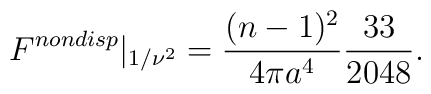
F^{nondisp}|_{1/\nu^2}=\frac{(n-1)^2}{4 \pi a^4}\frac{33}{2048}.